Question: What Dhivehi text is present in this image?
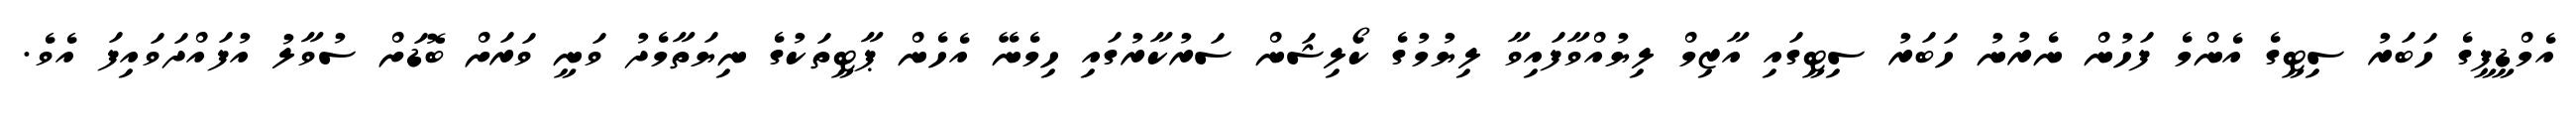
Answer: އެމްޑީޕީގެ ހަބަރު ސިޓީގެ އެންމެ ފަހުން ނެރުނު ހަބަރު ސިޓީގައި އާޒިމް ލިޔުއްވާފައިވާ ލިޔުމުގެ ކޯލިޝަން ސަރުކާރުގައި ހިމެނޭ އެހެން ޕާޓީތަކުގެ ނިޔަތާމެދު ވަނީ ވަރަށް ބޮޑަށް ސުވާލު އުފައްދަވައިފަ އެވެ.